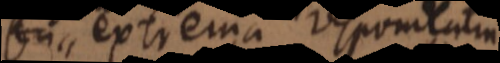
_ extrema responlat